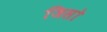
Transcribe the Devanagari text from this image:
जिसो